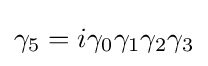
\gamma _{5}=i\gamma _{0}\gamma _{1}\gamma _{2}\gamma _{3}